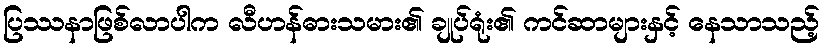
ပြဿနာဖြစ်လာပါက လီဟန်ဓားသမား၏ ချုပ်ရုံး၏ ကင်ဆာများနှင့် နေသာသည့်